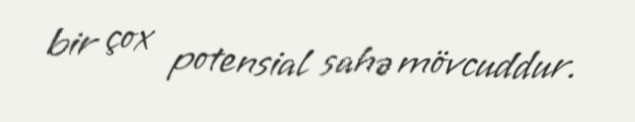
bir çox potensial sahə mövcuddur.